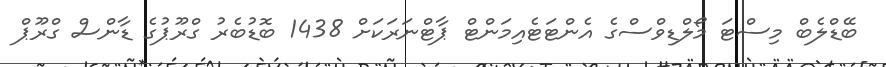
ބޭޑްލެބް މިސްޓަ މޯލްޑިވްސްގެ އެންޓަޓެއިމަންޓް ޕާޓްނަރަކަށް 1438 ބޮޑުބެރު ގްރޫޕުގެ ޑާންސް ގްރޫޕް